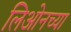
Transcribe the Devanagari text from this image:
लिओनच्या